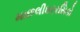
માછલીઘરરસિકો